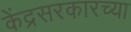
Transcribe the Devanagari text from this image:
केंद्रसरकारच्या